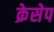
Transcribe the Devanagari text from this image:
क्रेसेप